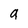
Character: 9